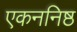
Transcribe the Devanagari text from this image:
एकननिष्ठ